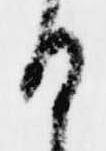
日